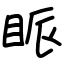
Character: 眽